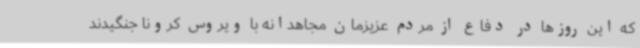
که این روزها در دفاع از مردم عزیزمان مجاهدانه با ویروس کرونا جنگیدند